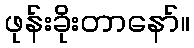
ဖုန်းခိုးတာနော်။